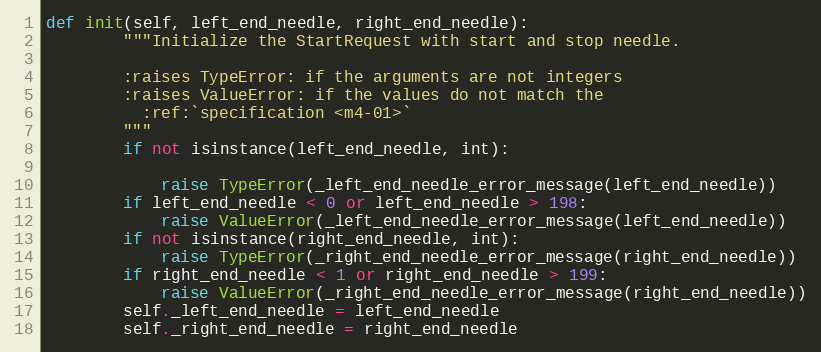
Language: Python
def init(self, left_end_needle, right_end_needle):
        """Initialize the StartRequest with start and stop needle.

        :raises TypeError: if the arguments are not integers
        :raises ValueError: if the values do not match the
          :ref:`specification <m4-01>`
        """
        if not isinstance(left_end_needle, int):

            raise TypeError(_left_end_needle_error_message(left_end_needle))
        if left_end_needle < 0 or left_end_needle > 198:
            raise ValueError(_left_end_needle_error_message(left_end_needle))
        if not isinstance(right_end_needle, int):
            raise TypeError(_right_end_needle_error_message(right_end_needle))
        if right_end_needle < 1 or right_end_needle > 199:
            raise ValueError(_right_end_needle_error_message(right_end_needle))
        self._left_end_needle = left_end_needle
        self._right_end_needle = right_end_needle